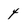
Character: 4